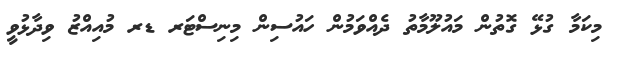
މިކަމާ ގުޅޭ ގޮތުން މައުލޫމާތު ދެއްވަމުން ހައުސިން މިނިސްޓަރ ޑރ މުއިއްޒު ވިދާޅުވީ